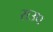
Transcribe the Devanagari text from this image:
राउप